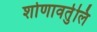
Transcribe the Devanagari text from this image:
शोणावर्तुलि